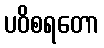
ပဝိစရတော